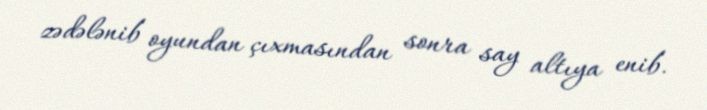
zədələnib oyundan çıxmasından sonra say altıya enib.